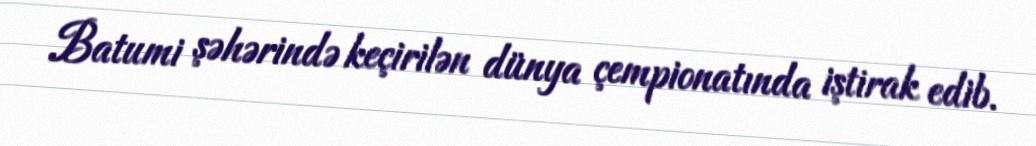
Batumi şəhərində keçirilən dünya çempionatında iştirak edib.